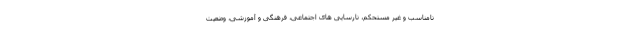
نامناسب و غیر مستحکم، نارسایی های اجتماعی، فرهنگی و آموزشی، وضعیت